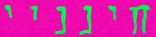
חינניי